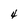
Character: 4